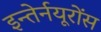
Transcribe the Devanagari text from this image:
इन्तेर्नयूरोंस